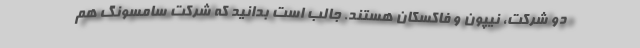
دو شرکت، نیپون و فاکسکان هستند. جالب است بدانید که شرکت سامسونگ هم